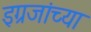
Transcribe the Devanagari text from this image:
इग्रजांच्या